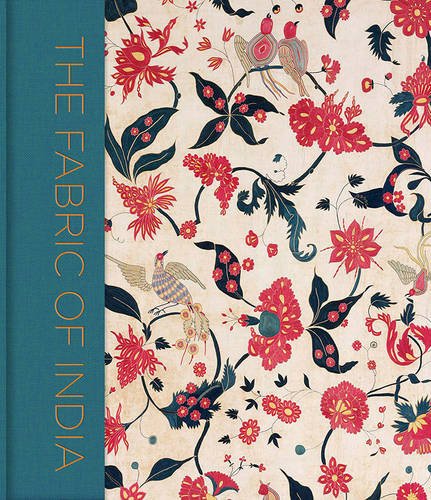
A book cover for The Fabric of India; Arts & Photography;